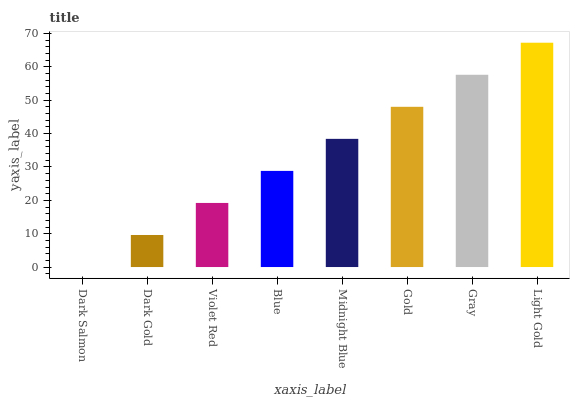
| xaxis_label | bars |
 | --- | --- |
 | Dark Salmon | 0 |
 | Dark Gold | 9.61 |
 | Violet Red | 19.2 |
 | Blue | 28.8 |
 | Midnight Blue | 38.4 |
 | Gold | 48 |
 | Gray | 57.7 |
 | Light Gold | 67.3 |